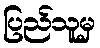
ပြည်သူမှ